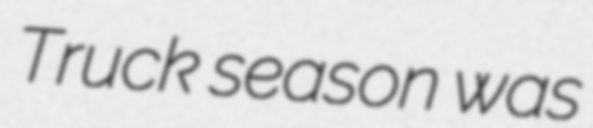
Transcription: Truck season was